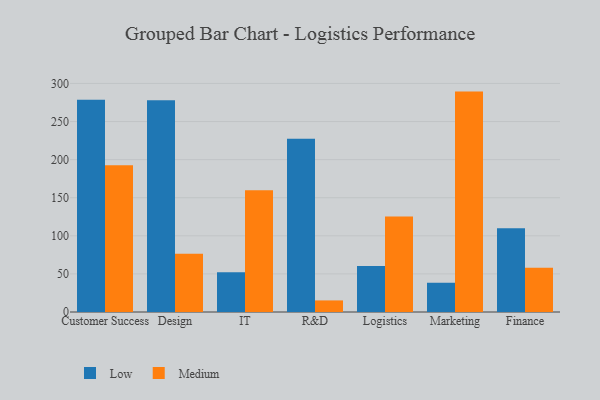
{"axis": {"x": "Department", "y": "Shipments"}, "legend": ["Low", "Medium"], "data": [{"x": "Customer Success", "y": 278.6, "type": "Low"}, {"x": "Customer Success", "y": 192.5, "type": "Medium"}, {"x": "Design", "y": 278.0, "type": "Low"}, {"x": "Design", "y": 76.4, "type": "Medium"}, {"x": "IT", "y": 52.3, "type": "Low"}, {"x": "IT", "y": 159.8, "type": "Medium"}, {"x": "R&D", "y": 227.5, "type": "Low"}, {"x": "R&D", "y": 15.2, "type": "Medium"}, {"x": "Logistics", "y": 60.5, "type": "Low"}, {"x": "Logistics", "y": 125.5, "type": "Medium"}, {"x": "Marketing", "y": 38.4, "type": "Low"}, {"x": "Marketing", "y": 289.3, "type": "Medium"}, {"x": "Finance", "y": 110.0, "type": "Low"}, {"x": "Finance", "y": 58.1, "type": "Medium"}]}